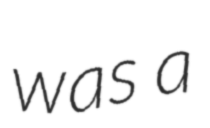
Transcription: was a